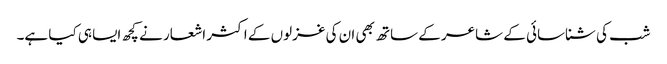
شب کی شناسائی کے شاعر کے ساتھ بھی ان کی غزلوں کے اکثر اشعار نے کچھ ایسا ہی کیا ہے۔